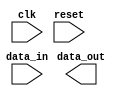
module LevelSensitiveFIFO (
    input wire clk,
    input wire reset,
    input wire data_in,
    output reg data_out
);

reg [7:0] fifo_buffer [0:255]; // 256 byte FIFO buffer
reg [7:0] read_ptr;
reg [7:0] write_ptr;
reg [7:0] data;

always @(posedge clk or posedge reset) begin
    if (reset) begin
        read_ptr <= 8'b00000000;
        write_ptr <= 8'b00000000;
    end else begin
        if (data_in) begin
            fifo_buffer[write_ptr] <= data;
            write_ptr <= write_ptr + 1;
        end
        if (data_out) begin
            data <= fifo_buffer[read_ptr];
            read_ptr <= read_ptr + 1;
        end
    end
end

endmodule